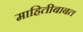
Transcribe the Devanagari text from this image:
माहितीबाबत